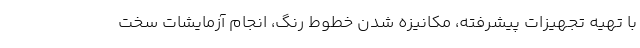
با تهیه تجهیزات پیشرفته، مکانیزه شدن خطوط رنگ، انجام آزمایشات سخت